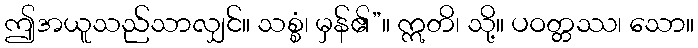
ဤအယူသည်သာလျှင်။ သစ္စံ၊ မှန်၏”။ ဣတိ၊ သို့။ ပဝတ္တဿ၊ သော။